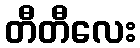
တီတီလေး